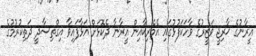
އީރާނުގެ ޚާރިޖީ ވަޒީރުގެ ވާހަކަފުޅުގައި އެމެރިކާއިން އީރާނާ ދެކޮޅަށް އަޅާފައިވާ އިގްތިސާދީ ދަތިކުރުމުގެ